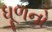
ધૂળનો